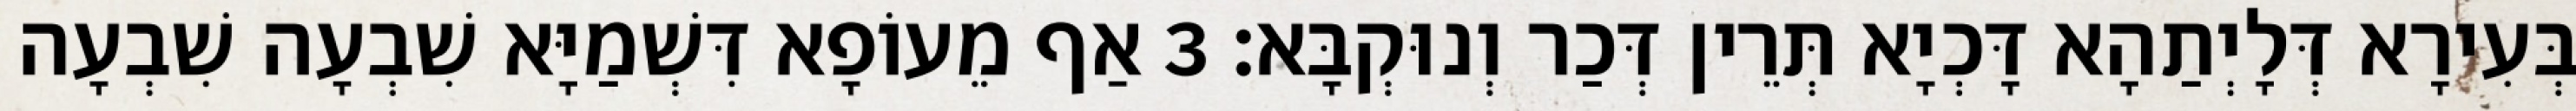
בְּעִירָא דְּלָיְתַהָא דָּכְיָא תְּרֵין דְּכַר וְנוּקְבָּא׃ 3 אַף מֵעוֹפָא דִּשְׁמַיָּא שִׁבְעָה שִׁבְעָה